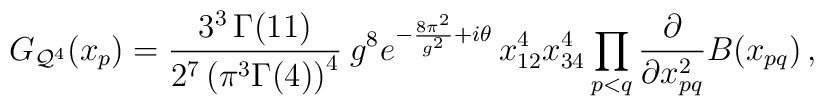
G_{{\cal Q}^4}(x_p) =\frac{3^{3} \, \Gamma(11)}{2^{7}\left(\pi^3 \Gamma(4) \right)^{4}} \: g^{8} e^{-\frac{8\pi^2}{g^2} + i\theta}  \, x_{12}^4 x_{34}^4 \prod_{p<q}  \frac{\partial}{\partial x_{pq}^2} B(x_{pq}) \, ,